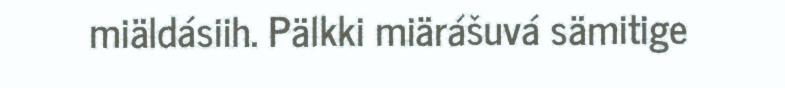
miäldásiih. Pälkki miärášuvá sämitige